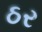
ઠર